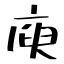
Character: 庾